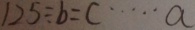
1 2 5 \div b = C \cdots a